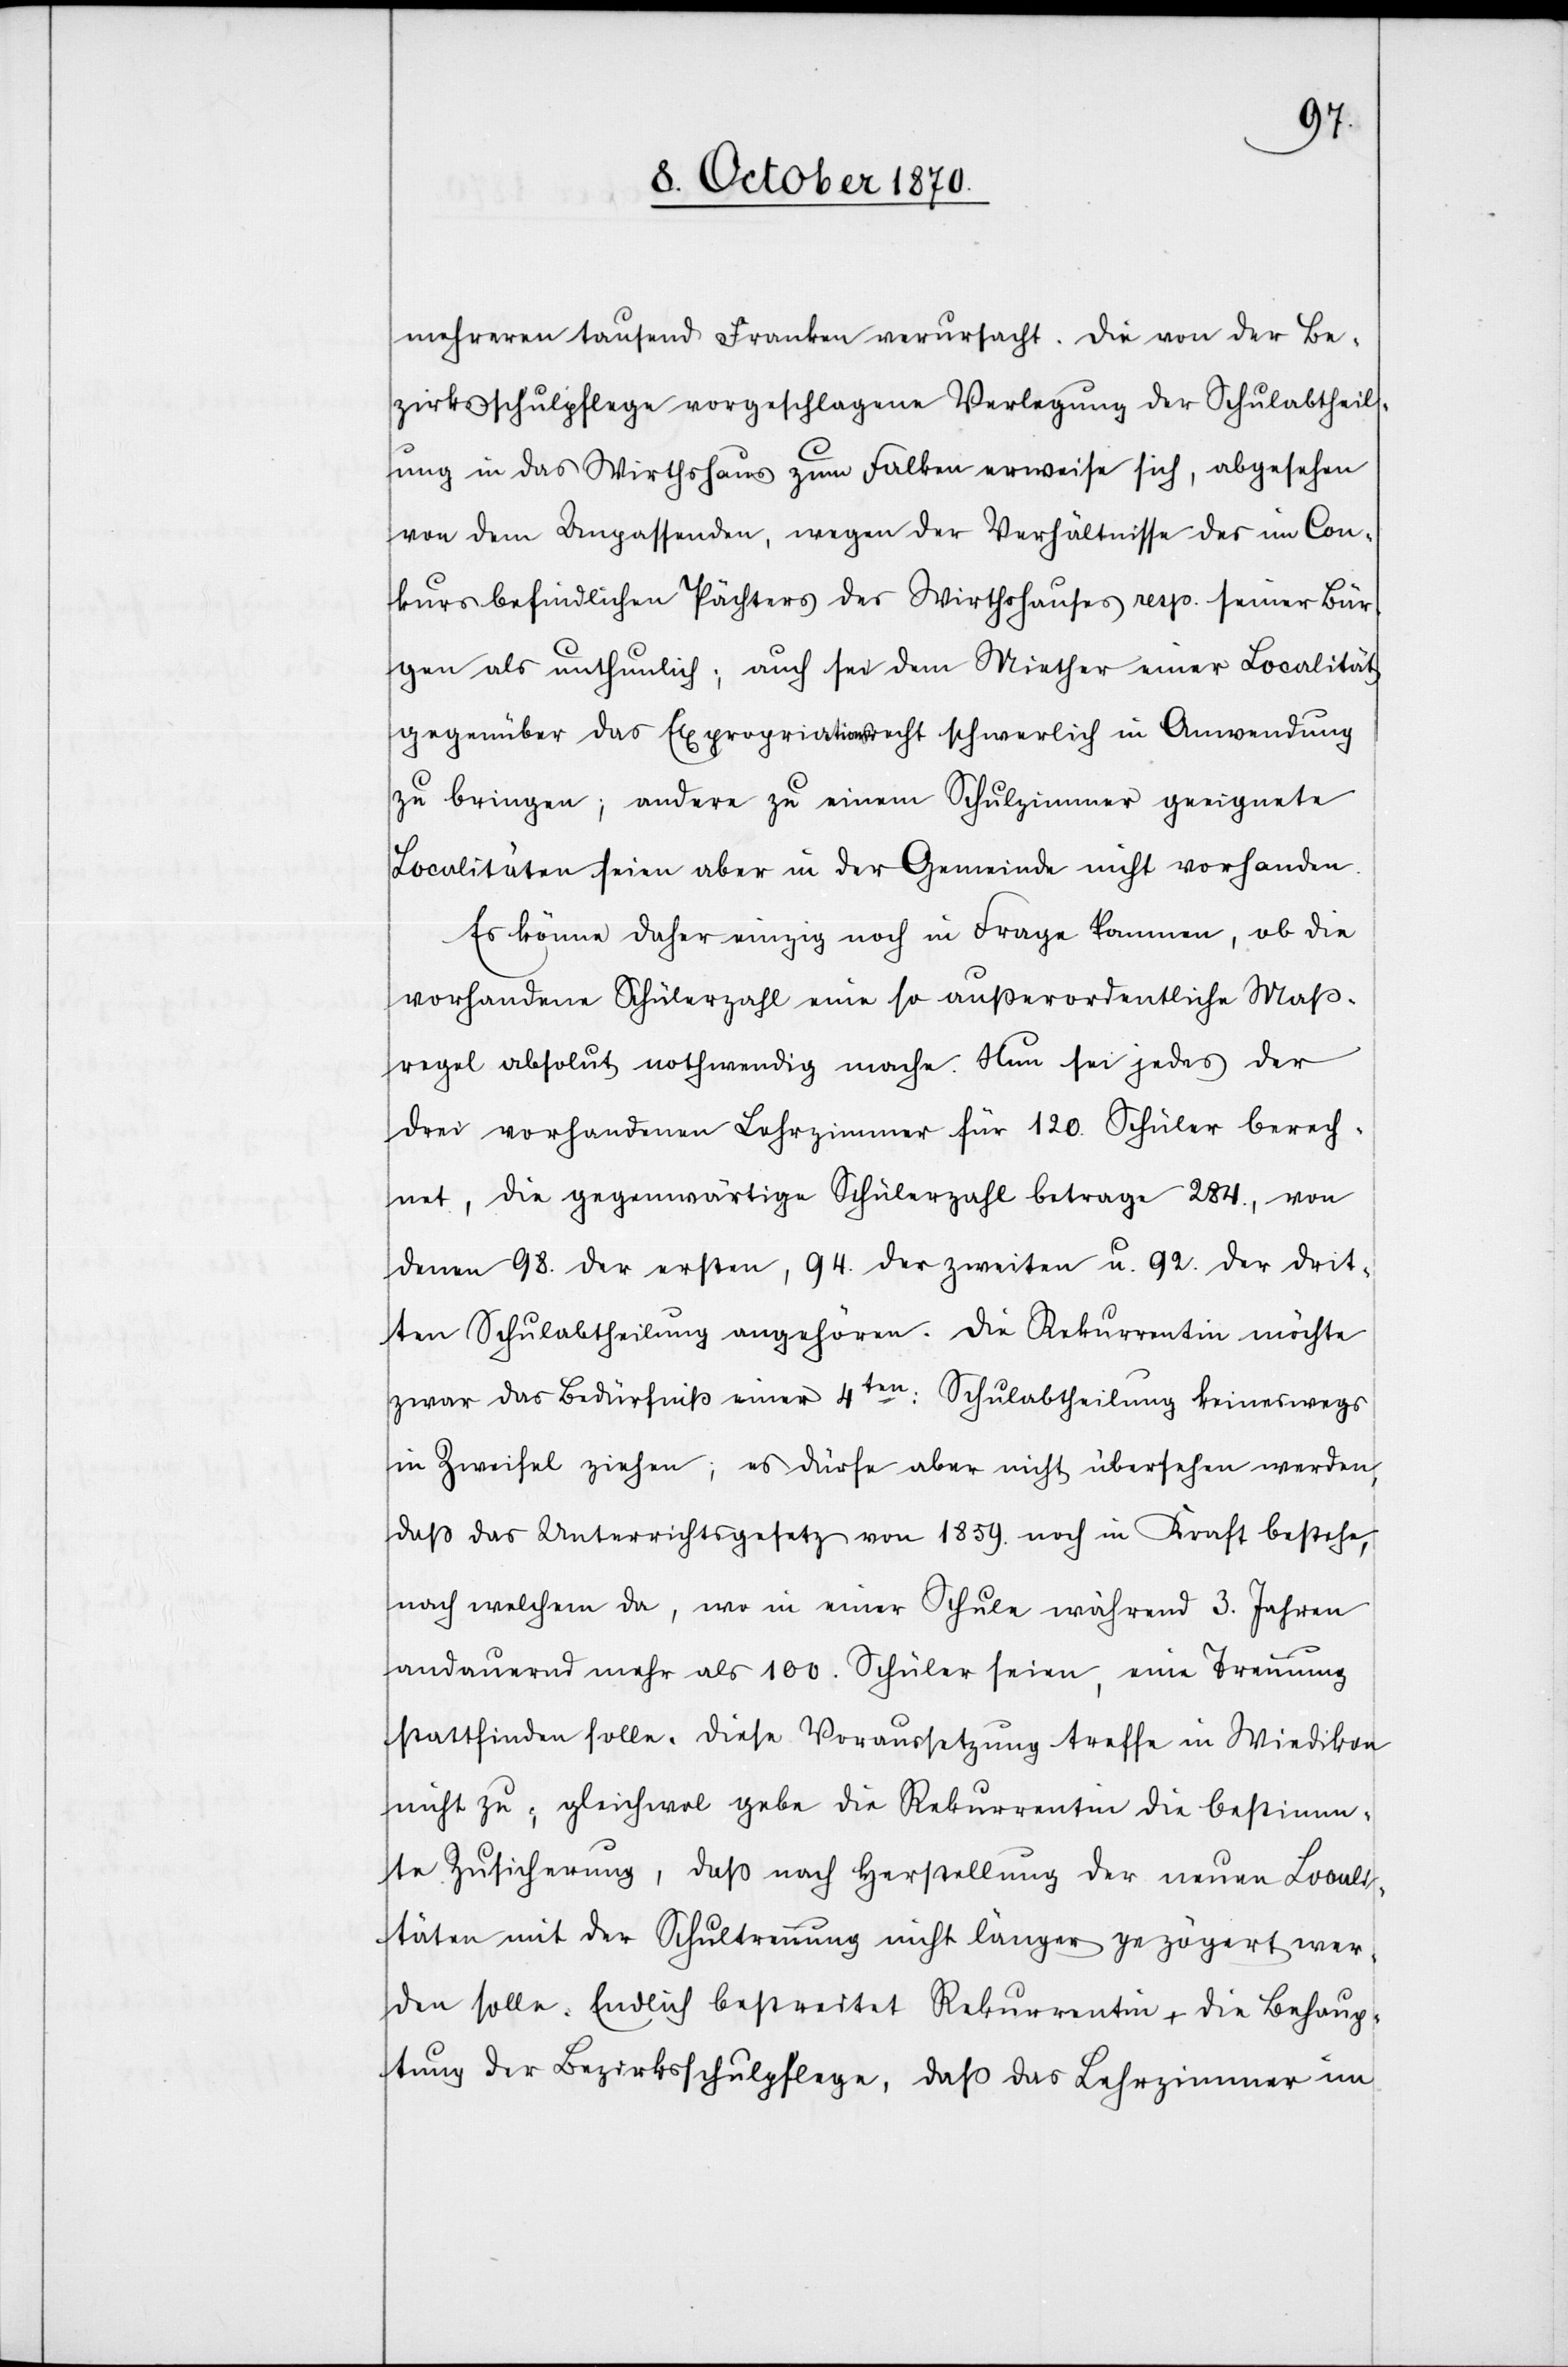
mehreren tausend Franken verursacht. Die von der Be¬
zirksschulpflege vorgeschlagene Verlegung der Schulabtheil¬
ung in das Wirthshaus zum Falken erweise sich, abgesehen
von dem Unpassenden, wegen der Verhältnisse des im Con¬
kurs befindlichen Pächters des Wirthshauses resp. seiner Bür¬
gen als unthunlich, auch sei dem Miether einer Localität
gegenüber das Expropriationsrecht schwerlich in Anwendung
zu bringen; andere zu einem Schulzimmer geeignete
Localitäten seien aber in der Gemeinde nicht vorhanden.
Es könne daher einzig noch in Frage kommen, ob die
vorhandene Schülerzahl eine so außerordentliche Maß¬
regel absolut nothwendig mache. Nun sei jedes der
drei vorhandenen Lehrzimmer für 120. Schüler berech¬
net, die gegenwärtige Schülerzahl betrage 284., von
denen 98. der ersten, 94. der zweiten u. 92. der drit¬
ten Schulabtheilung angehören. Die Rekurrentin möchte
zwar das Bedürfniß einer 4ten: Schulabtheilung keineswegs
in Zweifel ziehen; es dürfe aber nicht übersehen werden,
daß das Unterrichtsgesetz von 1859. noch in Kraft bestehe,
nach welchem da, wo in einer Schule während 3. Jahren
andauernd mehr als 100. Schüler seien, eine Trennung
stattfinden solle. Diese Voraussetzung treffe in Wiedikon
nicht zu; gleichwol gebe die Rekurrentin die bestimm¬
te Zusicherung, daß nach Herstellung der neuen Local¬
itäten mit der Schultrennung nicht länger gezögert wer¬
den solle. Endlich bestreitet Rekurrentin die Behaup¬
tung der Bezirksschulpflege, daß das Lehrerzimmer im